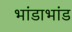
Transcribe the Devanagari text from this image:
भांडाभांड